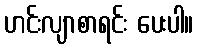
ဟင်းလျာစာရင်း ပေးပါ။